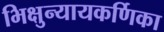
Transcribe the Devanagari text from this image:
भिक्षुन्यायकर्णिका